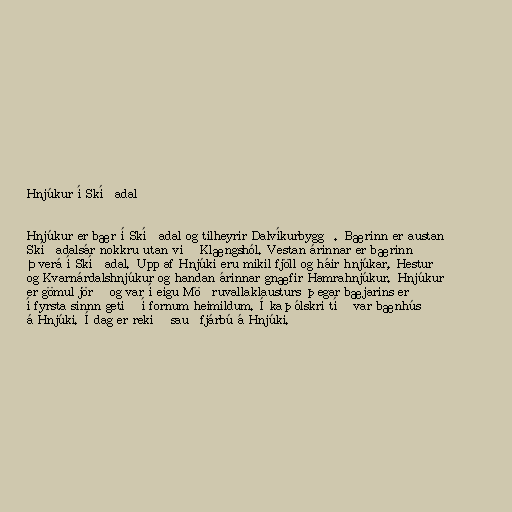
Hnjúkur í Skíðadal

Hnjúkur er bær í Skíðadal og tilheyrir Dalvíkurbyggð. Bærinn er austan
Skíðadalsár nokkru utan við Klængshól. Vestan árinnar er bærinn
Þverá í Skíðadal. Upp af Hnjúki eru mikil fjöll og háir hnjúkar, Hestur
og Kvarnárdalshnjúkur og handan árinnar gnæfir Hamrahnjúkur. Hnjúkur
er gömul jörð og var í eigu Möðruvallaklausturs þegar bæjarins er
í fyrsta sinnn getið í fornum heimildum. Í kaþólskri tíð var bænhús
á Hnjúki. Í dag er rekið sauðfjárbú á Hnjúki.